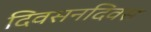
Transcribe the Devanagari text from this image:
दिवसनदिवस